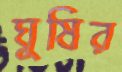
ঘুষির